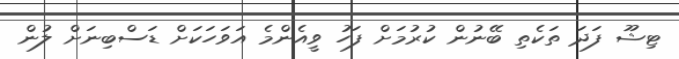
ޓިޝޫ ފަދަ ތަކެތި ބޭނުން ކުރުމަށް ފަހު ވީއެންމެ އަވަހަކަށް ޑަސްބިނަށް ލުން